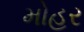
મોહર